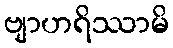
ဗျာဟရိဿာမိ